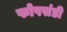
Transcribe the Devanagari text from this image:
फोपसंडी